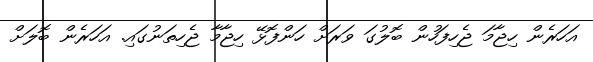
އަހަރެން ހިޖާމަ ޖެހިފަހުން ބޮލުގަ ވަރަށް ހަންފޮޅޭ ހިޖާމާ ޖެހިތަނުގައި. އަހަރެން ބޮލަށް